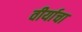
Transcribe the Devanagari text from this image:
वीर्याचा